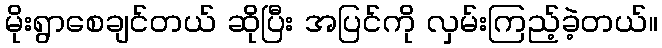
မိုးရွာစေချင်တယ် ဆိုပြီး အပြင်ကို လှမ်းကြည့်ခဲ့တယ်။